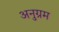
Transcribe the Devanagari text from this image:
अनुग्रम